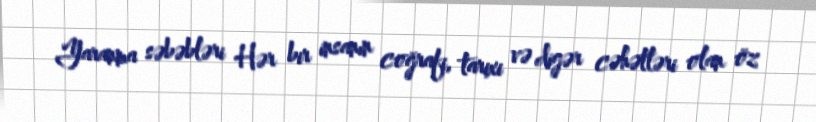
Yaranma səbəbləri Hər bir insanın coğrafi, tarixi və digər cəhətləri olan öz